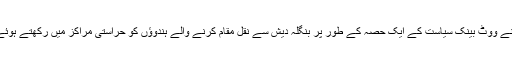
مودی نے الزام عائد کیا کہ حکومت آسام نے ووٹ بینک سیاست کے ایک حصہ کے طور پر بنگلہ دیش سے نقل مقام کرنے والے ہندوؤں کو حراستی مراکز میں رکھتے ہوئے انسانی حقوق کی خلاف ورزی کی ہے ۔